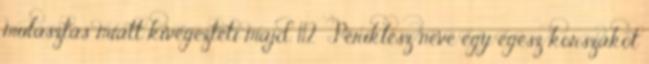
mulasztás miatt kivégezteti majd. 112 Periklész neve egy egész korszakot